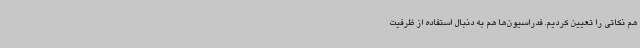
هم نکاتی را تعیین کردیم. فدراسیون‌ها هم به دنبال استفاده از ظرفیت